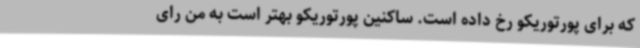
که برای پورتوریکو رخ داده است. ساکنین پورتوریکو بهتر است به من رای